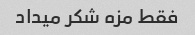
فقط مزه شکر میداد